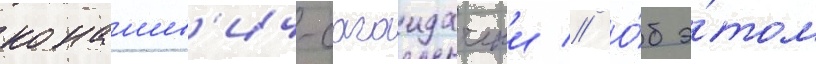
конашев'ич-сагаидачныи // О́б э́том